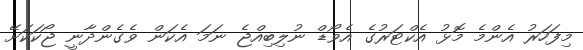
މިފަހަރު އެންމެ މޮޅު އެކްޓަރުގެ އެވޯޑް ނުލިބިއްޖެ ނަމަ އެކަން ވެގެންދާނީ ޖޯކަކަށޭ